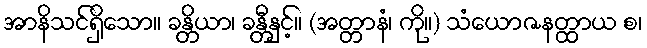
အာနိသင်ရှိသော။ ခန္တိယာ၊ ခန္တီနှင့်။ (အတ္တာနံ၊ ကို။) သံယောဇနတ္ထာယ စ၊